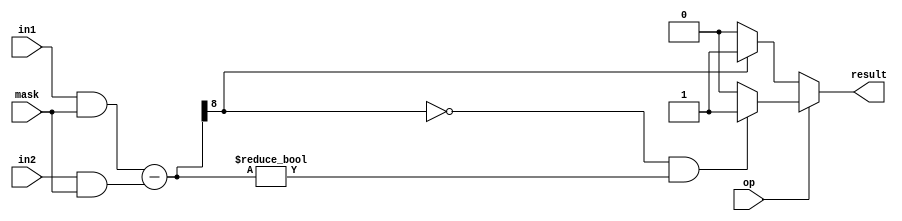
module masked_comparator (
    input wire [7:0] in1,
    input wire [7:0] in2,
    input wire [7:0] mask,
    input wire op, // 0 for less than, 1 for greater than
    output wire result
    );
    
    wire [7:0] masked_in1, masked_in2;
    
    // Masking logic to selectively include or exclude certain bits
    assign masked_in1 = in1 & mask;
    assign masked_in2 = in2 & mask;
    
    // Arithmetic operations
    wire [8:0] diff;
    wire gt, lt;
    
    assign diff = masked_in1 - masked_in2;
    
    // Comparison logic based on operation specified
    assign lt = (diff[8] == 1) ? 1 : 0;
    assign gt = (diff[8] == 0 && diff != 0) ? 1 : 0;
    
    // Final comparison result
    assign result = (op) ? gt : lt;
    
endmodule